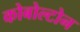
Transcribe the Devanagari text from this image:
कोबोल्टोन